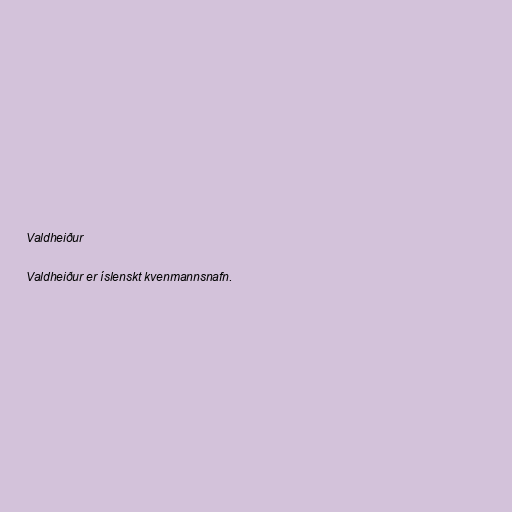
Valdheiður

Valdheiður er íslenskt kvenmannsnafn.